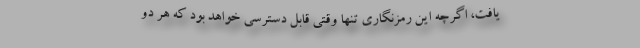
یافت، اگرچه این رمزنگاری تنها وقتی قابل دسترسی خواهد بود که هر دو